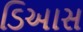
ડિઆસ